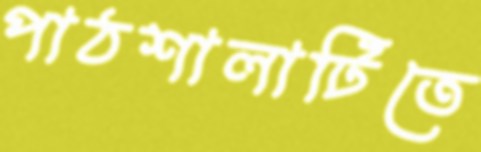
পাঠশালাটিতে